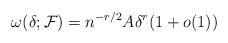
LaTeX: \begin{align*} \omega(\delta;\mathcal{F})=n^{-r/2}A\delta^{r}(1+o(1))\end{align*}